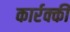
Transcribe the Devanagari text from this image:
कार्रक्की